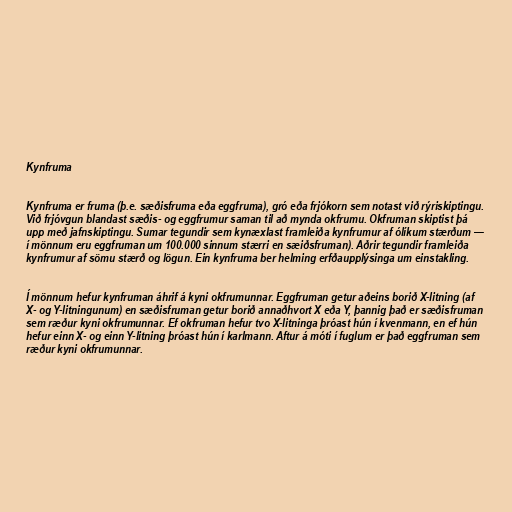
Kynfruma

Kynfruma er fruma (þ.e. sæðisfruma eða eggfruma), gró eða frjókorn sem notast við rýriskiptingu.
Við frjóvgun blandast sæðis- og eggfrumur saman til að mynda okfrumu. Okfruman skiptist þá
upp með jafnskiptingu. Sumar tegundir sem kynæxlast framleiða kynfrumur af ólíkum stærðum —
í mönnum eru eggfruman um 100.000 sinnum stærri en sæiðsfruman). Aðrir tegundir framleiða
kynfrumur af sömu stærð og lögun. Ein kynfruma ber helming erfðaupplýsinga um einstakling.

Í mönnum hefur kynfruman áhrif á kyni okfrumunnar. Eggfruman getur aðeins borið X-litning (af
X- og Y-litningunum) en sæðisfruman getur borið annaðhvort X eða Y, þannig það er sæðisfruman
sem ræður kyni okfrumunnar. Ef okfruman hefur tvo X-litninga þróast hún í kvenmann, en ef hún
hefur einn X- og einn Y-litning þróast hún í karlmann. Aftur á móti í fuglum er það eggfruman sem
ræður kyni okfrumunnar.